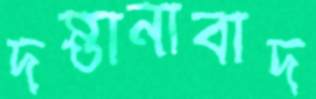
দস্তানাবাদ